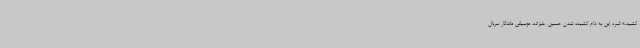
کشید.» ثمره این به دام کشیده شدن حسین علیزاده، موسیقی ماندگار سریال